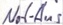
Text: Not-Aus